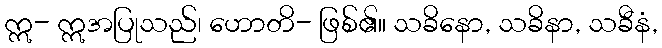
ဣ- ဣအပြုသည်၊ ဟောတိ- ဖြစ်၏။ သခိနော, သခိနာ, သခီနံ,